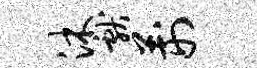
沐献荆